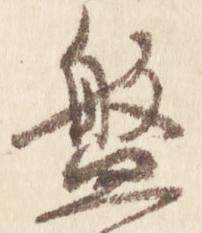
盤